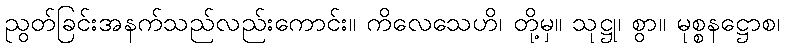
ညွတ်ခြင်းအနက်သည်လည်းကောင်း။ ကိလေသေဟိ၊ တို့မှ။ သုဋ္ဌု၊ စွာ။ မုစ္စနဋ္ဌောစ၊